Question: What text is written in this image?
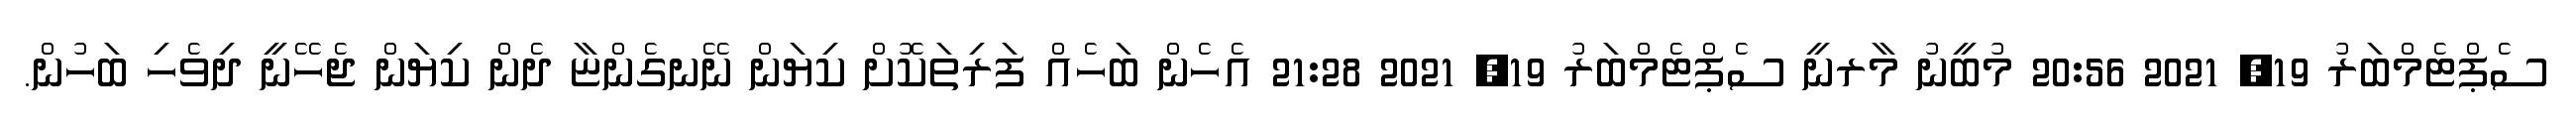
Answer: ސެޕްޓެމްބަރު 19, 2021 20:56 މުބީނު މާރނީ ސެޕްޓެމްބަރު 19, 2021 21:28 އެހެން ބަހެއް ފަރިތަކޮށް ކިޔަން ނޭނގެންޏާ ދެން ކިޔަން ޖެހޭނީ ދިވެހި ބަހުން.